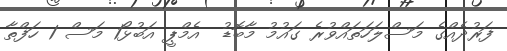
ފަރުދެއްގެ މަސްލަހަތައްވުރެ ގައުމު މާބޮޑު  އެމްޕީ އަބުޅޯ1 މަސް 1 ހަފްތާ